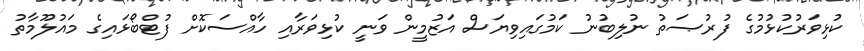
ކުޅިވަރުކުޅުމުގެ ފުރުޞަތު ނުލިބުނު ކަމުގައިވިޔަސް އަޒުމީން ވަނީ ކުޅިވަރާއި ހާއްސަކޮށް ފުޓްބޯޅައިގެ މައުލޫމާތު